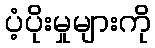
ပံ့ပိုးမှုများကို